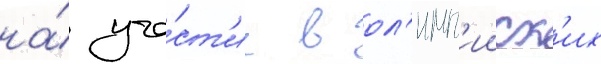
на́ уча́ст'ие в ол'имп'ииск'их